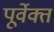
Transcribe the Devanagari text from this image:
पूर्वेक्त